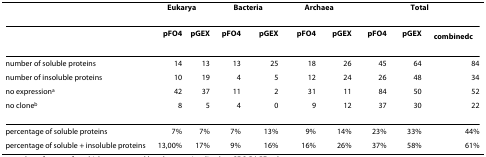
|  | <COLSPAN=2> Eukarya | <COLSPAN=2> Bacteria | <COLSPAN=2> Archaea | <COLSPAN=3> Total |
 | --- | --- | --- | --- | --- | --- | --- | --- | --- | --- |
 |  | pFO4 | pGEX | pFO4 | pGEX | pFO4 | pGEX | pFO4 | pGEX | combinedc |
 | number of soluble proteins | 14 | 13 | 13 | 25 | 18 | 26 | 45 | 64 | 84 |
 | number of insoluble proteins | 10 | 19 | 4 | 5 | 12 | 24 | 26 | 48 | 34 |
 | no expressiona | 42 | 37 | 11 | 2 | 31 | 11 | 84 | 50 | 52 |
 | no cloneb | 8 | 5 | 4 | 0 | 9 | 12 | 37 | 30 | 22 |
 | percentage of soluble proteins | 7% | 7% | 7% | 13% | 9% | 14% | 23% | 33% | 44% |
 | percentage of soluble + insoluble proteins | 13,00% | 17% | 9% | 16% | 16% | 26% | 37% | 58% | 61% |